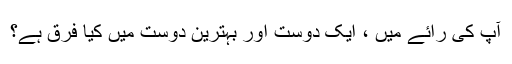
آپ کی رائے میں ، ایک دوست اور بہترین دوست میں کیا فرق ہے؟